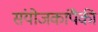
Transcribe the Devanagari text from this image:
संयोजकांपैकी